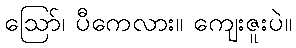
ဩော်၊ ပီကေလား။ ကျေးဇူးပဲ။